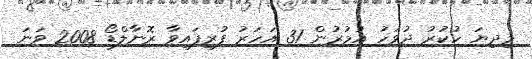
މިދިޔަ ހުކުރު ދުވަހު އުމުރުން 31 އަހަރު ފުރިފައިވާ ރޮނާލްޑޯ 2008 ވަނަ